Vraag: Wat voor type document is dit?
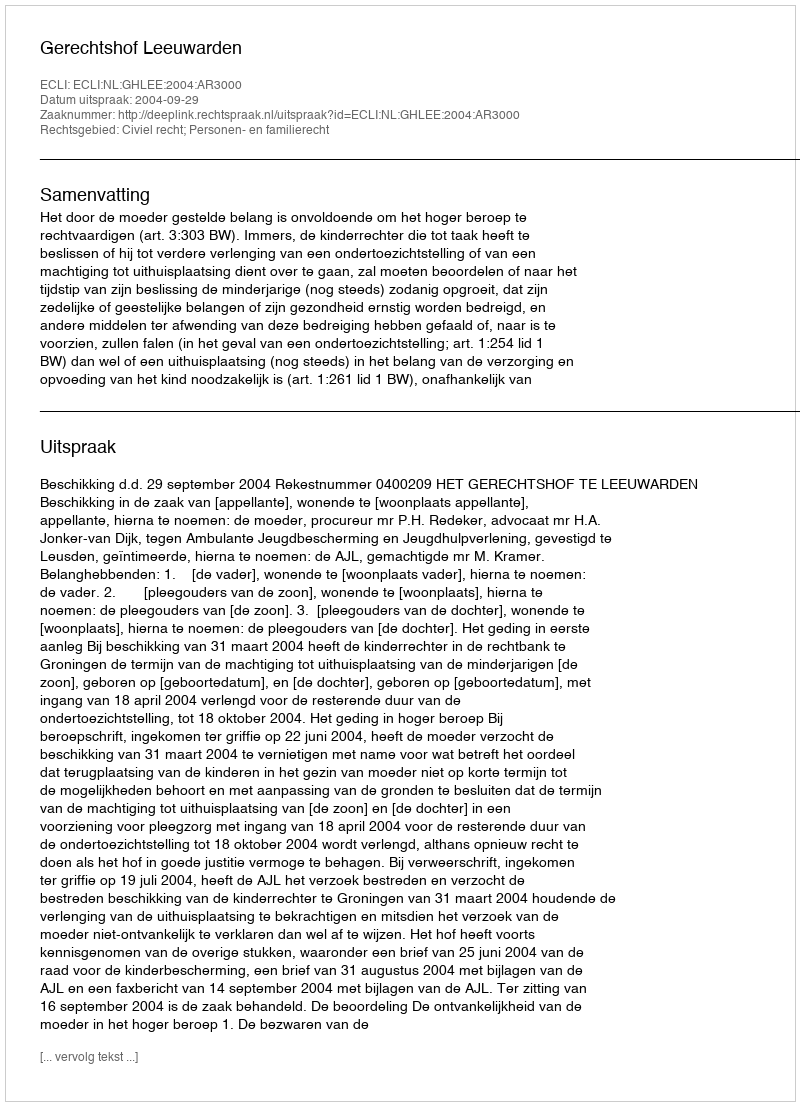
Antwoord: Uitspraak